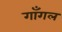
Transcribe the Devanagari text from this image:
गाँगल